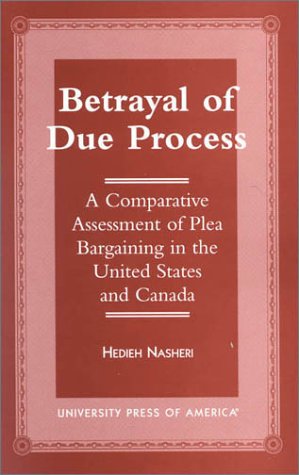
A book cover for Betrayal of Due Process: A Comparative Assessment of Plea Bargaining in the United States and Canada; Hedieh Nasheri; Law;